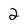
Character: 2